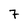
Character: 7